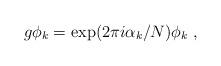
LaTeX: \begin{align*}g \phi_k =\exp(2\pi i \alpha_k/N)\phi_k~,\end{align*}